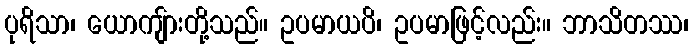
ပုရိသာ၊ ယောကျ်ားတို့သည်။ ဥပမာယပိ၊ ဥပမာဖြင့်လည်း။ ဘာသိတဿ၊